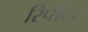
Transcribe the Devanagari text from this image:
रिर्पोटर